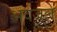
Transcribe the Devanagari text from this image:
अवजल